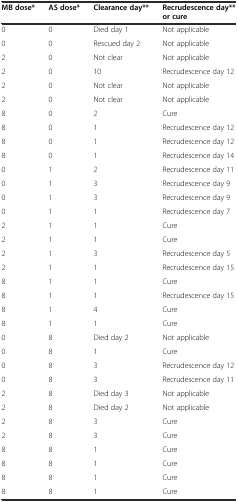
| MB dose* | AS dose* | Clearance day** | Recrudescence day** or cure |
 | --- | --- | --- | --- |
 | 0 | 0 | Died day 1 | Not applicable |
 | 0 | 0 | Rescued day 2 | Not applicable |
 | 2 | 0 | Not clear | Not applicable |
 | 2 | 0 | 10 | Recrudescence day 12 |
 | 2 | 0 | Not clear | Not applicable |
 | 2 | 0 | Not clear | Not applicable |
 | 8 | 0 | 2 | Cure |
 | 8 | 0 | 1 | Recrudescence day 12 |
 | 8 | 0 | 1 | Recrudescence day 12 |
 | 8 | 0 | 1 | Recrudescence day 14 |
 | 0 | 1 | 2 | Recrudescence day 11 |
 | 0 | 1 | 3 | Recrudescence day 9 |
 | 0 | 1 | 3 | Recrudescence day 9 |
 | 0 | 1 | 1 | Recrudescence day 7 |
 | 2 | 1 | 1 | Cure |
 | 2 | 1 | 1 | Cure |
 | 2 | 1 | 3 | Recrudescence day 5 |
 | 2 | 1 | 1 | Recrudescence day 15 |
 | 8 | 1 | 1 | Cure |
 | 8 | 1 | 1 | Recrudescence day 15 |
 | 8 | 1 | 4 | Cure |
 | 8 | 1 | 1 | Cure |
 | 0 | 8 | Died day 2 | Not applicable |
 | 0 | 8 | 1 | Cure |
 | 0 | 8 | 3 | Recrudescence day 12 |
 | 0 | 8 | 3 | Recrudescence day 11 |
 | 2 | 8 | Died day 3 | Not applicable |
 | 2 | 8 | Died day 2 | Not applicable |
 | 2 | 8 | 3 | Cure |
 | 2 | 8 | 3 | Cure |
 | 8 | 8 | 1 | Cure |
 | 8 | 8 | 1 | Cure |
 | 8 | 8 | 1 | Cure |
 | 8 | 8 | 1 | Cure |